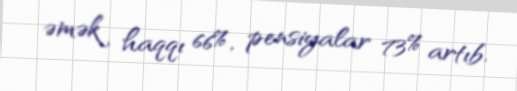
əmək haqqı 66%, pensiyalar 73% artıb.